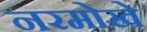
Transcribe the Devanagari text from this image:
नरमोखे